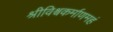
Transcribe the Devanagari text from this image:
श्रीविश्वकर्माणमहं